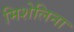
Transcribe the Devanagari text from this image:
मिशेलिना